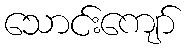
သောင်းကျော်